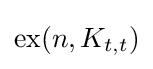
\operatorname {ex} (n,K_{t,t})